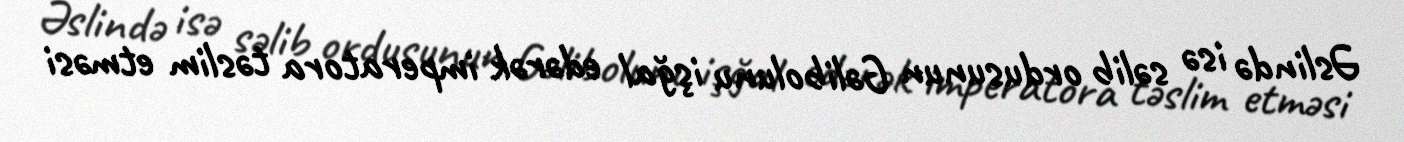
Əslində isə səlib ordusunun Gəlibolunu işğal edərək imperatora təslim etməsi